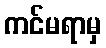
ကင်မရာမှ